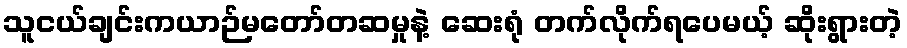
သူငယ်ချင်းကယာဉ်မတော်တဆမှုနဲ့ ဆေးရုံ တက်လိုက်ရပေမယ့် ဆိုးရွားတဲ့